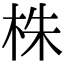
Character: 株